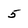
Character: 5